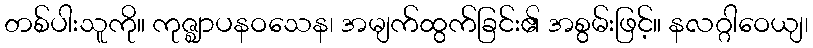
တစ်ပါးသူကို။ ကုဇ္ဈာပနဝသေန၊ အမျက်ထွက်ခြင်း၏ အစွမ်းဖြင့်။ နလဂ္ဂါဝေယျ၊